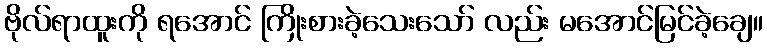
ဗိုလ်ရာထူးကို ရအောင် ကြိုးစားခဲ့သေးသော် လည်း မအောင်မြင်ခဲ့ချေ။